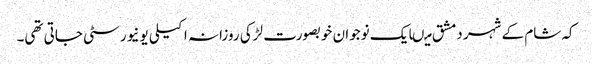
کہ شام کے شہر دمشق میںایک نوجوان خوبصورت لڑکی روزانہ اکیلی یونیورسٹی جاتی تھی۔